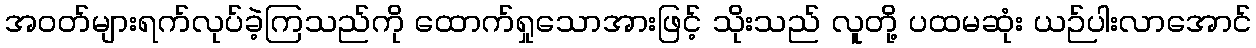
အဝတ်များရက်လုပ်ခဲ့ကြသည်ကို ထောက်ရှုသောအားဖြင့် သိုးသည် လူတို့ ပထမဆုံး ယဉ်ပါးလာအောင်